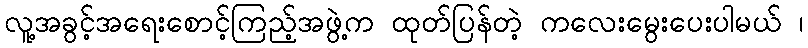
လူ့အခွင့်အရေးစောင့်ကြည့်အဖွဲ့က ထုတ်ပြန်တဲ့ ကလေးမွေးပေးပါမယ် ၊